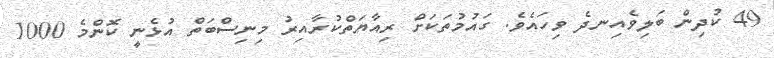
49 ކުދިން ބަލިވެއިނދެ ވިހައެވެ. ގައުމުތަކަށް ރިއާޔަތްކުރާއިރު މިނިސްބަތް އުޅެނީ ކޮންމެ 1000